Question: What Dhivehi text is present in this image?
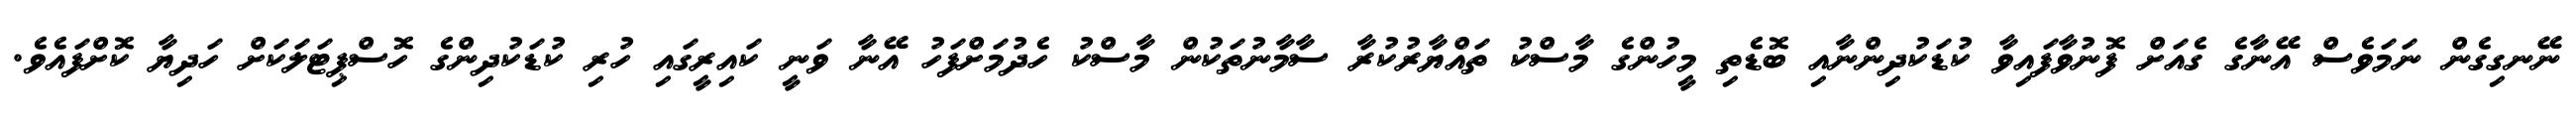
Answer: ނޭނގިގެން ނަމަވެސް އޭނާގެ ގެއަށް ފޮނުވާފައިވާ ކުޑަކުދިންނާއި ބޮޑެތި މީހުންގެ މާސްކު ތައްޔާރުކުރާ ސާމާނުތަކުން މާސްކު ހެދުމަށްފަހު އޭނާ ވަނީ ކައިރީގައި ހުރި ކުޑަކުދިންގެ ހޮސްޕިޓަލަކަށް ހަދިޔާ ކޮށްފައެވެ.